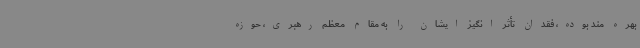
بهره مند بوده، فقدان تأثر انگیز ایشان را به مقام معظم رهبری، حوزه